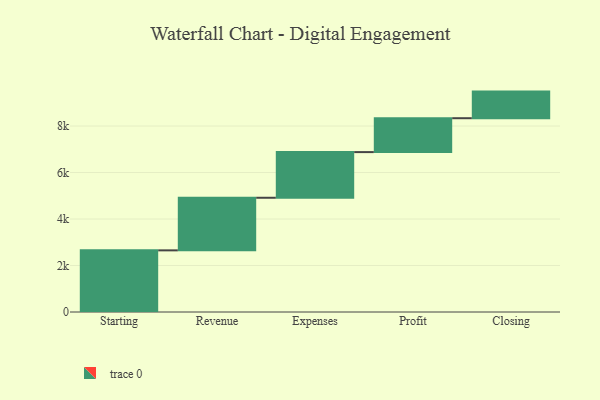
{"axis": {"x": "Step", "y": "Value"}, "legend": [""], "data": [{"x": "Starting", "y": 2652.0, "type": ""}, {"x": "Revenue", "y": 2263.0, "type": ""}, {"x": "Expenses", "y": 1964.0, "type": ""}, {"x": "Profit", "y": 1458.0, "type": ""}, {"x": "Closing", "y": 1145.0, "type": ""}]}